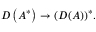
D \left( A ^ { * } \right) \to ( D ( A ) ) ^ { * } .